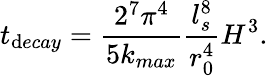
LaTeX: t_{\mathrm{d}ecay}=\frac{{2^{7}\pi^{4}}}{{5k_{max}}}\frac{{l_{s}^{8}}}{{r_{0}^{4}}}H^{3}.